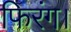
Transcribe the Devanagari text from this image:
फिरंग।